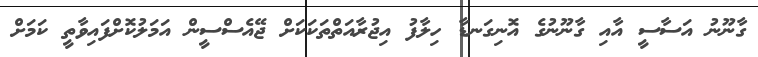
ގާނޫނު އަސާސީ އާއި ގާނޫނުގެ އޮނިގަނޑާ ހިލާފު އިޖުރާއަތްތަކަކަށް ޖޭއެސްސީން އަމަލުކޮށްފައިވާތީ ކަމަށް